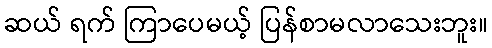
ဆယ် ရက် ကြာပေမယ့် ပြန်စာမလာသေးဘူး။